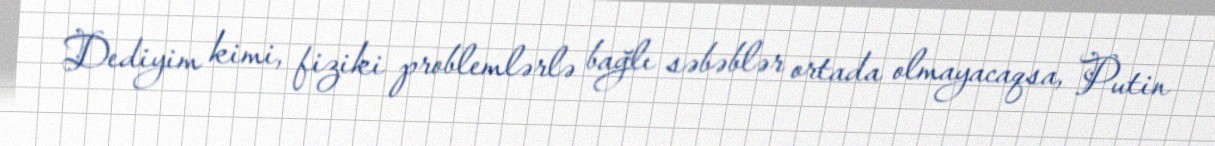
Dediyim kimi, fiziki problemlərlə bağlı səbəblər ortada olmayacaqsa, Putin